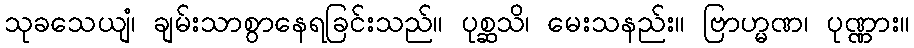
သုခသေယျံ၊ ချမ်းသာစွာနေရခြင်းသည်။ ပုစ္ဆသိ၊ မေးသနည်း။ ဗြာဟ္မဏ၊ ပုဏ္ဏား။